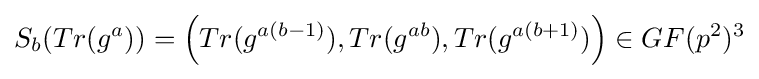
S_{b}(Tr(g^{a}))=\left(Tr(g^{a(b-1)}),Tr(g^{ab}),Tr(g^{a(b+1)})\right)\in GF(p^{2})^{3}